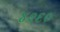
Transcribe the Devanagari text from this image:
४२६०